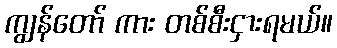
ကျွန်တော် ကား တစ်စီးငှားရမယ်။